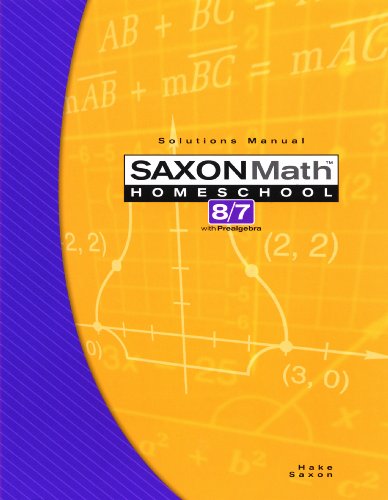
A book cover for Saxon Math 8/7 with Prealgebra: Solutions Manual; Stephen Hake; Teen & Young Adult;